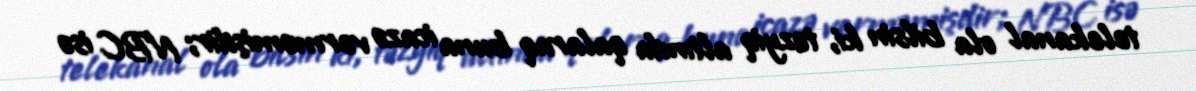
telekanal ola bilsin ki, təzyiq altında qalaraq buna icazə verməmişdir; NBC isə